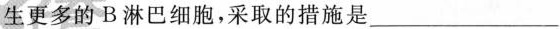
生更多的B淋巴细胞，采取的措施是___。